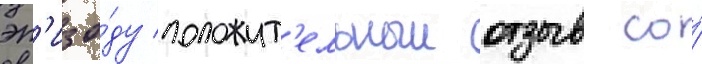
эп'изо́ду положит'ельныи отзыв со́